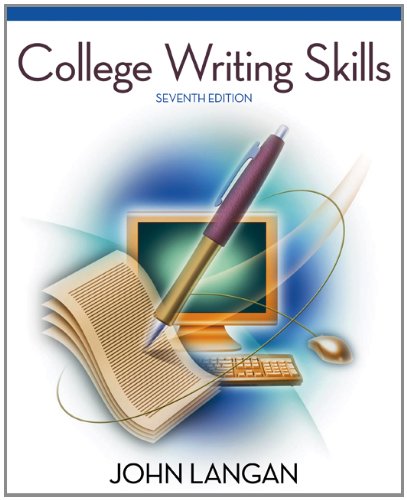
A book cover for College Writing Skills, 7th Edition; John Langan; Education & Teaching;